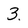
Character: 3